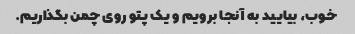
خوب، بیایید به آنجا برویم و یک پتو روی چمن بگذاریم.